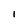
Character: I